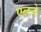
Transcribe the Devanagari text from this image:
एलजे